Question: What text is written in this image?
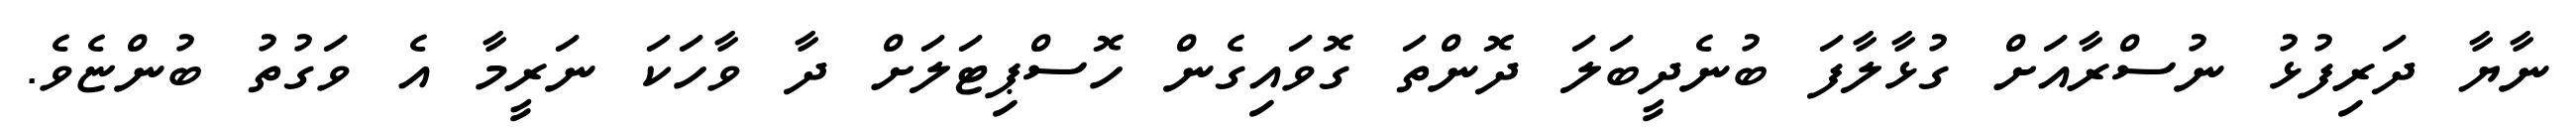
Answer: ނާޔާ ދަރިފުޅު ނުސްރާއަށް ގުޅާލާފަ ބުނެދީބަލަ ދޮންތަ ގޮވައިގެން ހޮސްޕިޓަލަށް ދާ ވާހަކަ ނަރީމާ އެ ވަގުތު ބުންޏެވެ.